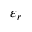
\varepsilon _ { r }